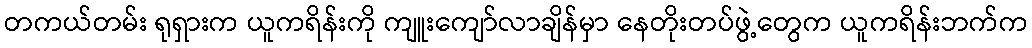
တကယ်တမ်း ရုရှားက ယူကရိန်းကို ကျူးကျော်လာချိန်မှာ နေတိုးတပ်ဖွဲ့တွေက ယူကရိန်းဘက်က